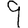
Digit: 9